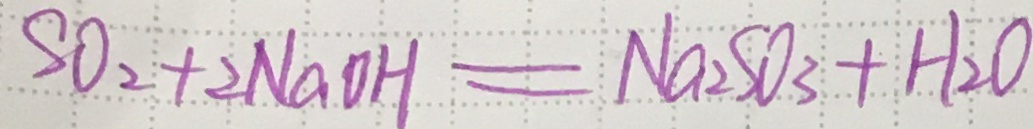
S O _ { 2 } + 2 N a O H = N a _ { 2 } S O _ { 3 } + H _ { 2 } O